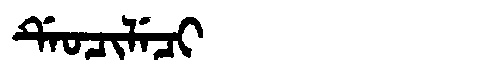
Manchu: ᡩᡝᠣᠴᡳᠯᡝᠴᡳ
Romanization: DEOCILECI